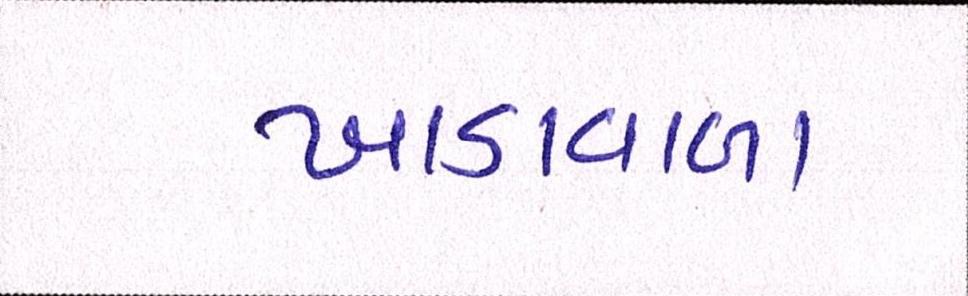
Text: ખાડાવાળા